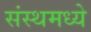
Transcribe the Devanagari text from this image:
संस्थमध्ये